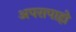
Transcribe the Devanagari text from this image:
अपरापाहो